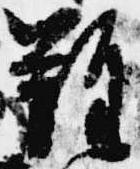
難